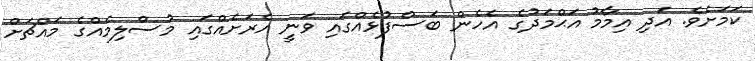
ކަމަށެވެ. އަދި އިމާމު އަޙްމަދުގެ އެހެން ބަސްފުޅެއްގައި ވަނީ އެރަށެއްގައި މުސްލިމެއްގެ މައްޗަށް